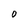
Character: O